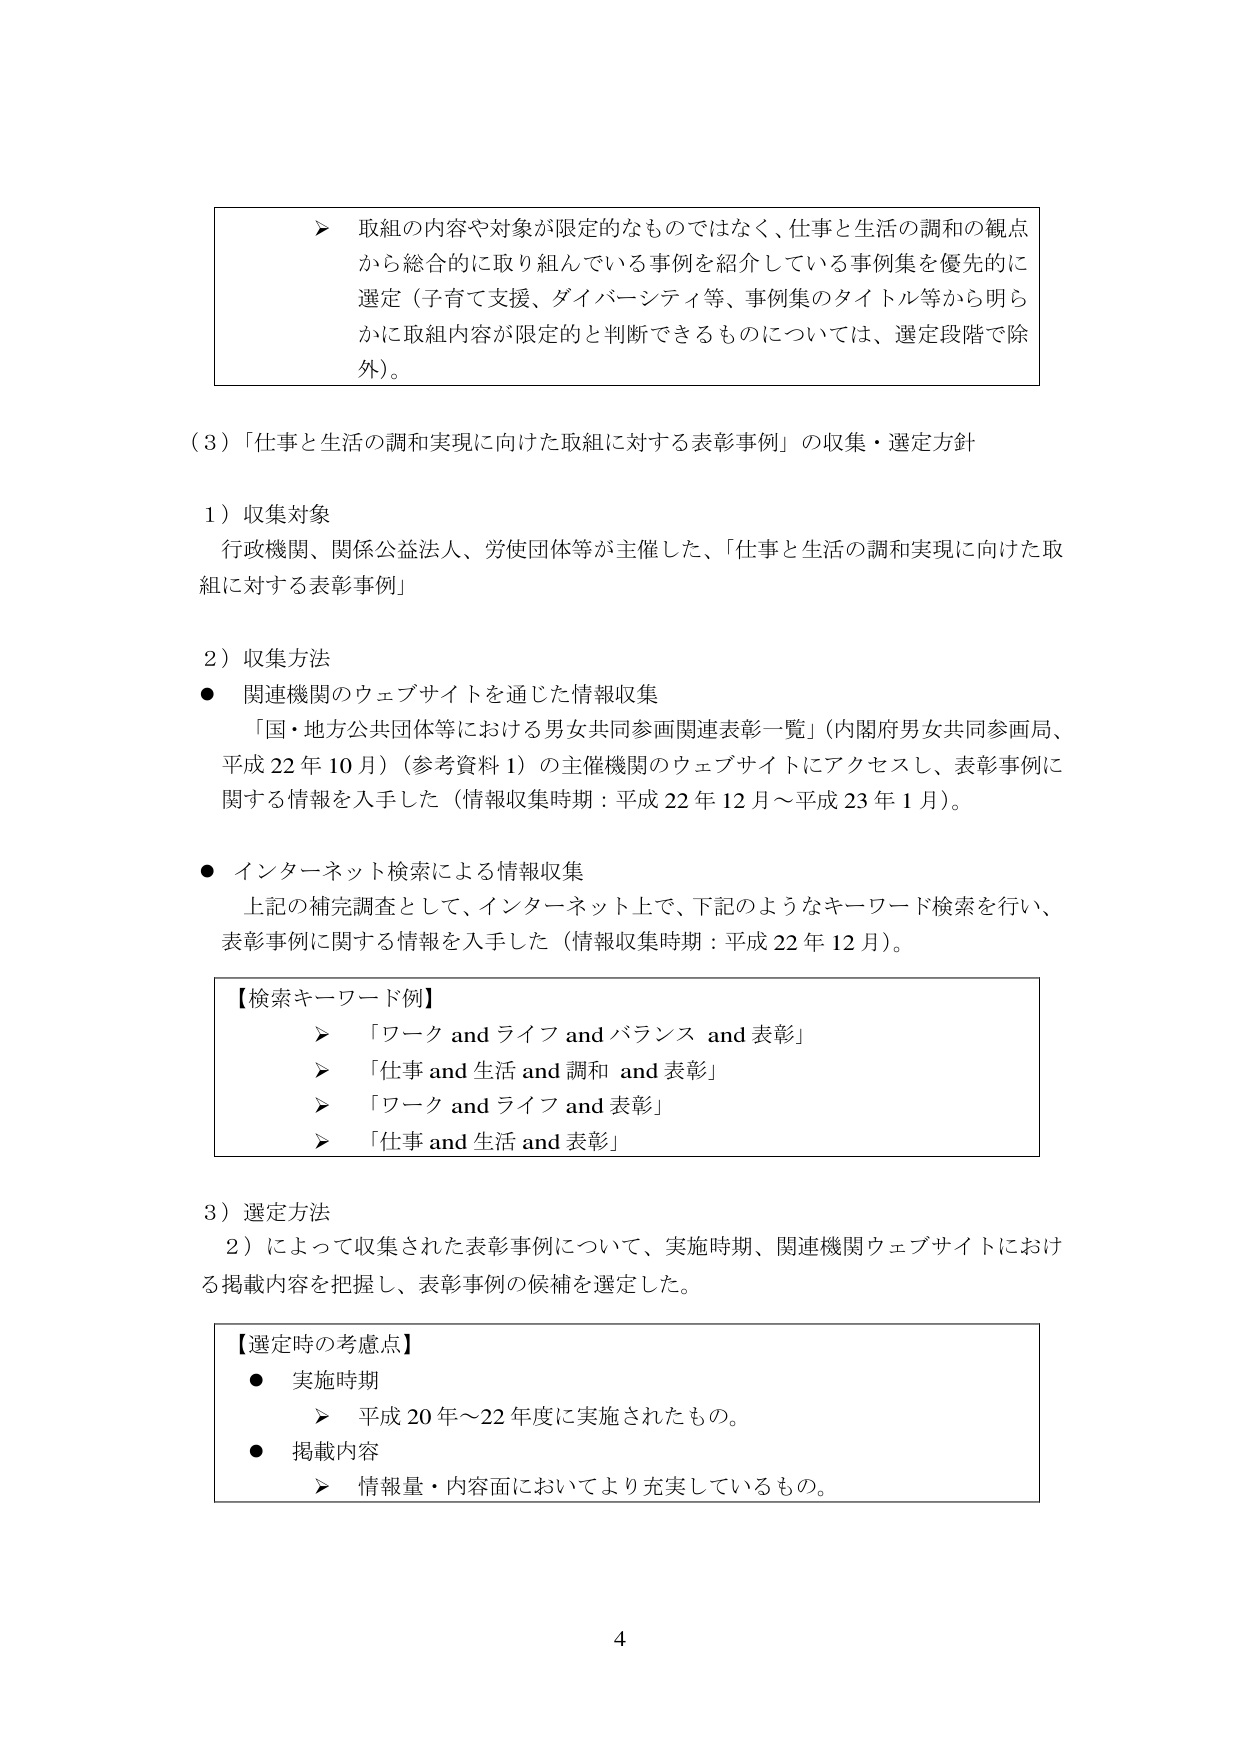
＞ 取組の内容や対象が限定的なものではなく、仕事と生活の調和の観点から総合的に取り組んでいる事例を紹介している事例集を優先的に選定（子育て支援、ダイバーシティ等、事例集のタイトル等から明らかに取組内容が限定的と判断できるものについては、選定段階で除外）。

（3）「仕事と生活の調和実現に向けた取組に対する表彰事例」の収集・選定方針

1）収集対象
行政機関、関係公益法人、労使団体等が主催した、「仕事と生活の調和実現に向けた取組に対する表彰事例」

2）収集方法
● 関連機関のウェブサイトを通じた情報収集
　「国・地方公共団体等における男女共同参画関連表彰一覧」（内閣府男女共同参画局、平成22年10月）（参考資料1）の主催機関のウェブサイトにアクセスし、表彰事例に関する情報を入手した（情報収集時期：平成22年12月～平成23年1月）。

● インターネット検索による情報収集
　上記の補完調査として、インターネット上で、下記のようなキーワード検索を行い、表彰事例に関する情報を入手した（情報収集時期：平成22年12月）。

【検索キーワード例】
＞ 「ワーク and ライフ and バランス and 表彰」
＞ 「仕事 and 生活 and 調和 and 表彰」
＞ 「ワーク and ライフ and 表彰」
＞ 「仕事 and 生活 and 表彰」

3）選定方法
　2）によって収集された表彰事例について、実施時期、関連機関ウェブサイトにおける掲載内容を把握し、表彰事例の候補を選定した。

【選定時の考慮点】
● 実施時期
　＞ 平成20年～22年度に実施されたもの。
● 掲載内容
　＞ 情報量・内容面においてより充実しているもの。

4